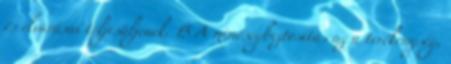
és elvárásai teljesüljenek. 15 A minőségbiztosítás az a tevékenység,